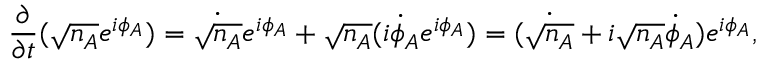
{ \frac { \partial } { \partial t } } ( { \sqrt { n _ { A } } } e ^ { i \phi _ { A } } ) = { \dot { \sqrt { n _ { A } } } } e ^ { i \phi _ { A } } + { \sqrt { n _ { A } } } ( i { \dot { \phi } } _ { A } e ^ { i \phi _ { A } } ) = ( { \dot { \sqrt { n _ { A } } } } + i { \sqrt { n _ { A } } } { \dot { \phi } } _ { A } ) e ^ { i \phi _ { A } } ,